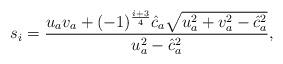
LaTeX: \begin{align*}s_i=\frac{u_a v_a+(-1)^{\frac{i+3}{4}}\hat{c}_a\sqrt{u_a^2+v_a^2-\hat{c}_a^2}}{u_a^2-\hat{c}_a^2},\end{align*}